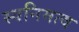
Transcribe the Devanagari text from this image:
स्वनिमत्व